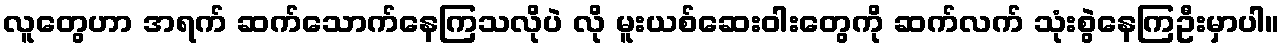
လူတွေဟာ အရက် ဆက်သောက်နေကြသလိုပဲ လို မူးယစ်ဆေးဝါးတွေကို ဆက်လက် သုံးစွဲနေကြဦးမှာပါ။